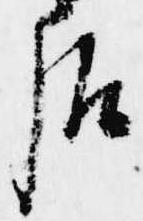
后